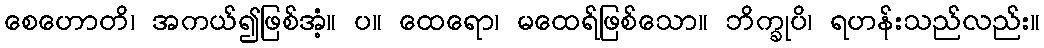
စေဟောတိ၊ အကယ်၍ဖြစ်အံ့။ ပ။ ထေရော၊ မထေရ်ဖြစ်သော။ ဘိက္ခုပိ၊ ရဟန်းသည်လည်း။